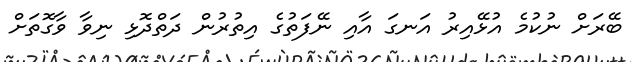
ބޭރަށް ނުކުމެ އުޅޭއިރު އަނގަ އާއި ނޭފަތުގެ އިތުރުން ދަތްދޮޅި ނިވާ ވާގޮތަށް